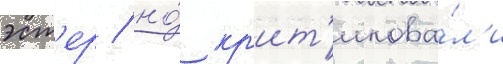
эст'ер / но́ кр'ит'икова́л'и